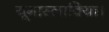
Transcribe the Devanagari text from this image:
यूगास्लाविया।